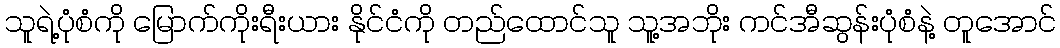
သူရဲ့ပုံစံကို မြောက်ကိုးရီးယား နိုင်ငံကို တည်ထောင်သူ သူ့အဘိုး ကင်အီဆွန်းပုံစံနဲ့ တူအောင်